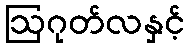
ဩဂုတ်လနှင့်